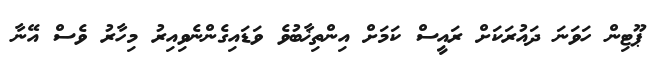
ޕޫޓިން ހަވަނަ ދައުރަކަށް ރައީސް ކަމަށް އިންތިޚާބުވެ ވަޑައިގެންނެވިއިރު މިހާރު ވެސް އޭނާ